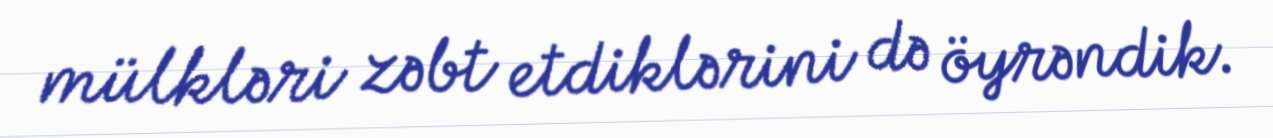
mülkləri zəbt etdiklərini də öyrəndik.